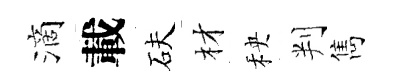
滴載砆材秧判雋